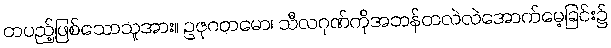
တပည့်ဖြစ်သောသူအား။ ဥဇုဂတမော၊ သီလဂုဏ်ကိုအဘန်တလဲလဲအောက်မေ့ခြင်း၌